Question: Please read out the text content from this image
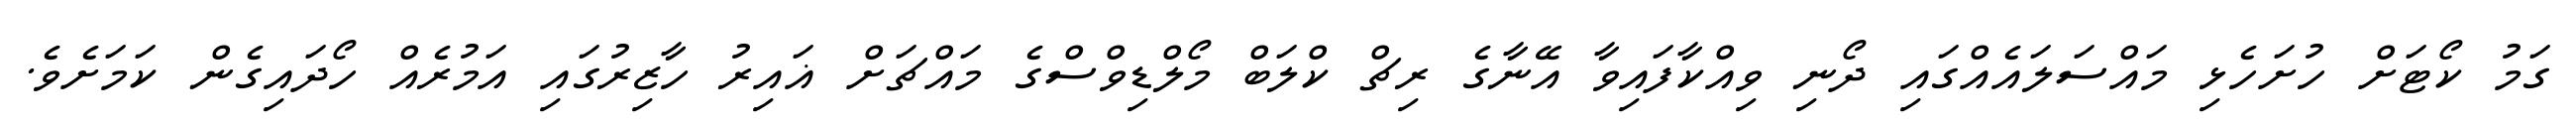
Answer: ގަމު ކޯޓަށް ހުށަހެޅި މައްސަލައެއްގައި ދޯނި ވިއްކާފައިވާ އޭނާގެ ރިޗް ކްލަބް މޯލްޑިވްސްގެ މައްޗަށް ޣައިރު ހާޒިރުގައި އަމުރެއް ހޯދައިގެން ކަމަށެވެ.